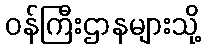
ဝန်ကြီးဌာနများသို့